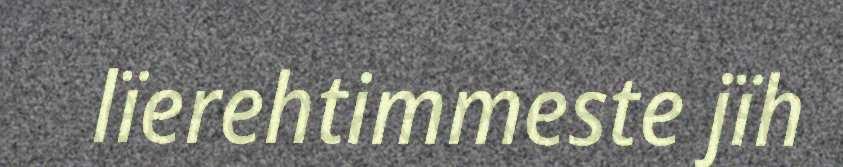
lïerehtimmeste jïh